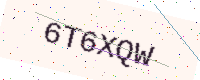
Text: 6T6XQW